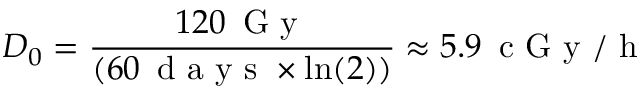
D _ { 0 } = \frac { 1 2 0 \, \mathrm { ~ G ~ y ~ } } { ( 6 0 \, \mathrm { ~ d ~ a ~ y ~ s ~ } \times \ln ( 2 ) ) } \approx 5 . 9 \, \mathrm { ~ c ~ G ~ y ~ / ~ h ~ }